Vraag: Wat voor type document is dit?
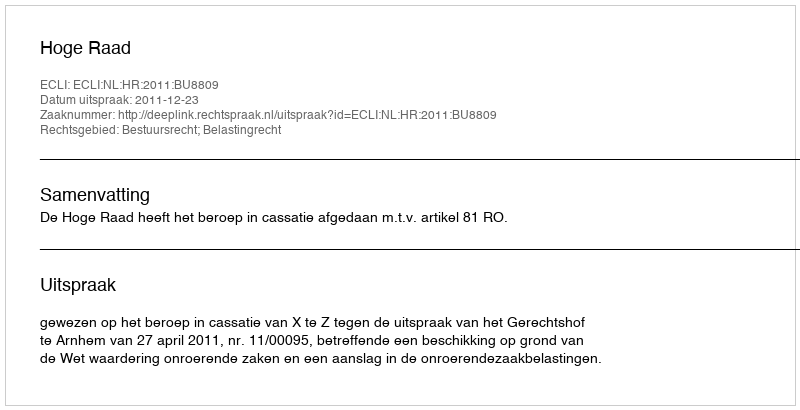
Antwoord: Uitspraak